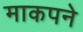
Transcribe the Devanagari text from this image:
माकपने